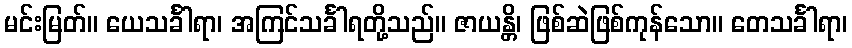
မင်းမြတ်။ ယေသင်္ခါရာ၊ အကြင်သင်္ခါရတို့သည်။ ဇာယန္တိ၊ ဖြစ်ဆဲဖြစ်ကုန်သော။ တေသင်္ခါရာ၊